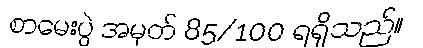
စာမေးပွဲ အမှတ် 85/100 ရရှိသည်။